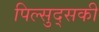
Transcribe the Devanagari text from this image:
पिल्सुद्सकी